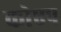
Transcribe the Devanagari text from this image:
कोएप